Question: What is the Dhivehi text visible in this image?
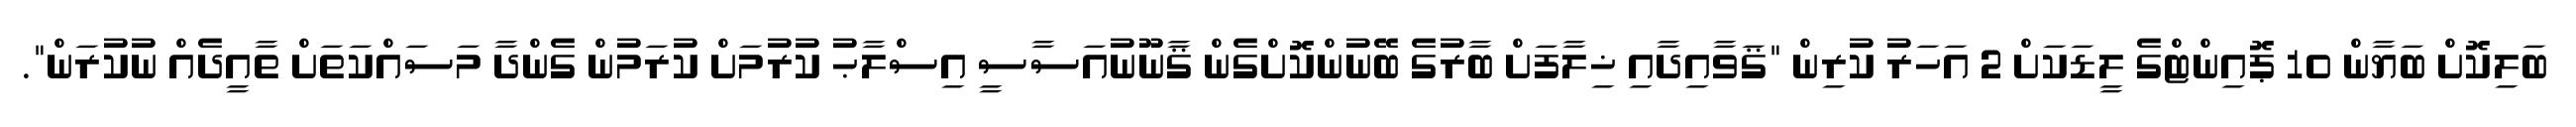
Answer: ބަލިކޮށް ބަޔާން 10 ޕޮއިންޓްގެ ލީޑަކަށް 2 އަހަރު ކުރިން "ޤަވާއިދާއި ޚިލާފަށް ބާރުގެ ބޭނުންކޮށްގެން ޤާނޫނުއަސާސީ އިސްލާޙު ކުރުމަށް ކުރަމުން ގެންދާ މަސައްކަތަށް ތާއީދެއް ނުކުރަން".